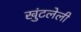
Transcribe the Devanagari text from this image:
खुंटलेली